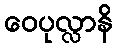
ဝေပုလ္လာနိ